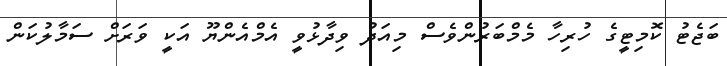
ބަޖެޓު ކޮމިޓީގެ ހުރިހާ މެމްބަރުންވެސް މިއަދު ވިދާޅުވީ އެމްއެންޔޫ އަކީ ވަރަށް ސަމާލުކަން